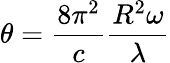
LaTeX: \theta=\frac{8\pi^{2}}{c}\frac{R^{2}\omega}{\lambda}